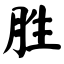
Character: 胜